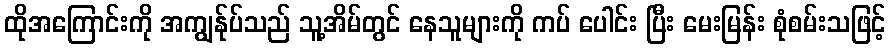
ထိုအကြောင်းကို အကျွန်ုပ်သည် သူ့အိမ်တွင် နေသူများကို ကပ် ပေါင်း ပြီး မေးမြန်း စုံစမ်းသဖြင့်